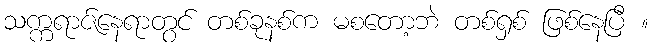
သက္ကရာဇ်နေရာတွင် တစ်ခုနစ်က မစတော့ဘဲ တစ်ရှစ် ဖြစ်နေပြီ ။